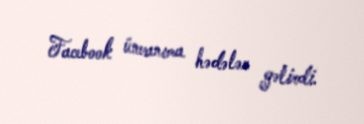
Facebook ünvanıma hədələr gəlirdi.